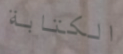
الكتابة